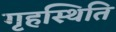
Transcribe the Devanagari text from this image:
गृहस्थिति